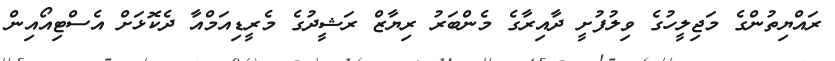
ރައްޔިތުންގެ މަޖިލީހުގެ ވިލުފުށީ ދާއިރާގެ މެންބަރު ރިޔާޒް ރަޝީދުގެ މެރީޑިއަމްއާ ދެކޮޅަށް އެސްޓިއޯއިން